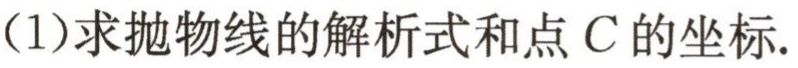
（1）求抛物线的解析式和点\(C\)的坐标.